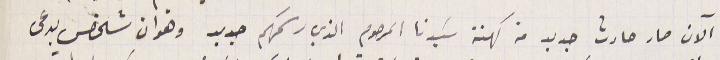
الآن صار حادث جديد من كهنة سَيدنا المرحوم الذي رسَمهم جديد وهو ان شخص يدعى